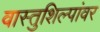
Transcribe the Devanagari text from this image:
वास्तुशिल्पांवर